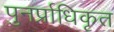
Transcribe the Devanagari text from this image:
पुनर्प्राधिकृत